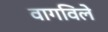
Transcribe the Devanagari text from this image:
वागविले